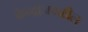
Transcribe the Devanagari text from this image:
केन्द्राजवळील